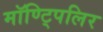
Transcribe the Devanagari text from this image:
मॉण्ट्पिलिर